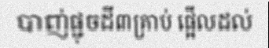
បាញ់ផ្ជុចដី៣គ្រាប់ ផ្អើលដល់